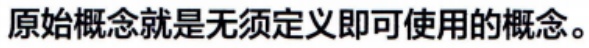
原始概念就是无须定义即可使用的概念。